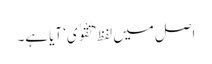
اصل میں لفظ ’تَقْوٰی‘ آیا ہے۔